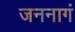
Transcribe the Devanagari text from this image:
जननागं